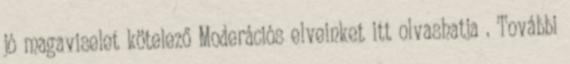
jó magaviselet kötelező Moderációs elveinket itt olvashatja . További